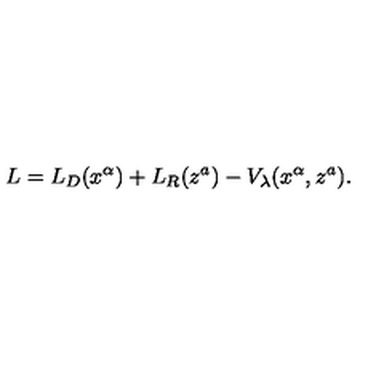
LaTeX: L = L _ { D } ( x ^ { \alpha } ) + L _ { R } ( z ^ { a } ) - V _ { \lambda } ( x ^ { \alpha } , z ^ { a } ) .